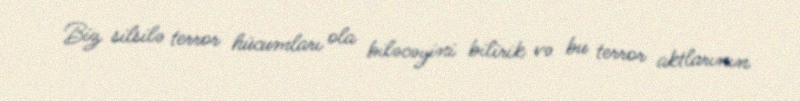
Biz silsilə terror hücumları ola biləcəyini bilirik və bu terror aktlarının